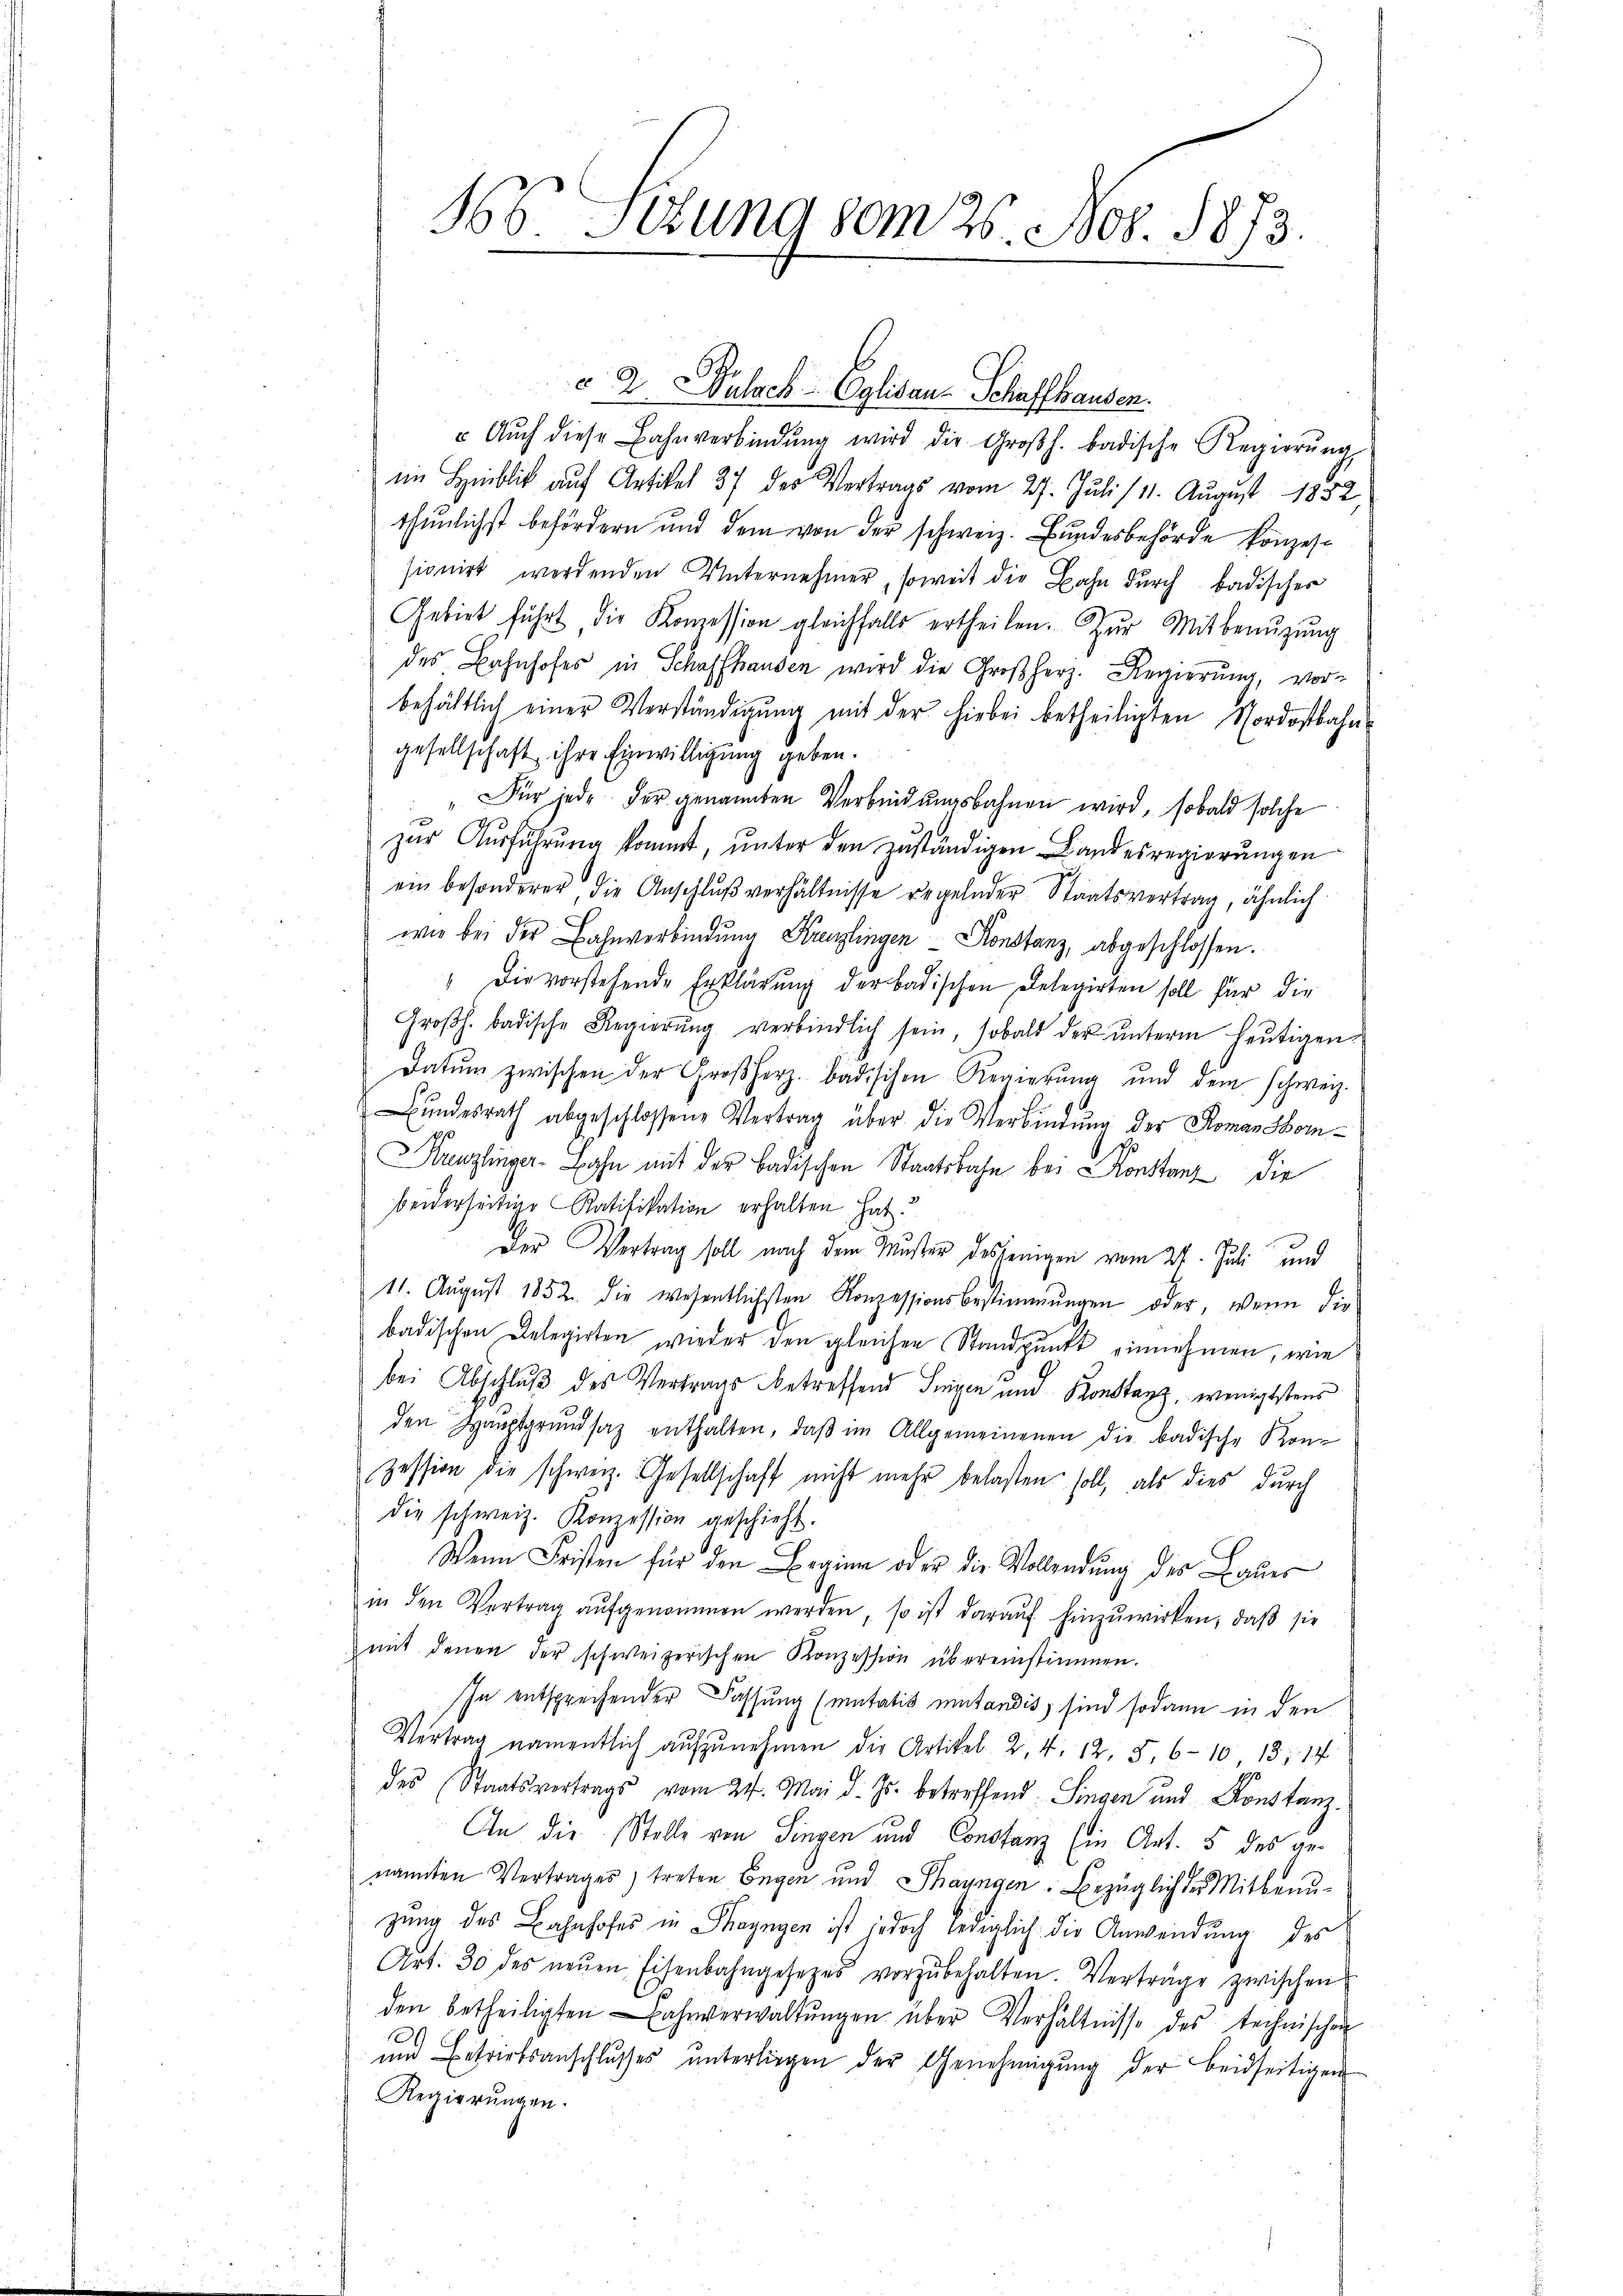
56 sezung vom 26. Nob. 1873.

v 2. Wulsch - Eglisau-Schaffhausen.
 Aŭch diese Bahnverbindŭng wird die Großh. badische Regierŭng
im Hinblick auf Artikel 37 des Vertrags vom 27. Juli 111. August 1832
thunlichst behördern und dem von der schweiz. Bundesbehörde konzessionirt werdenden Unternehmer, soweit die Bahn durch badischer
Gebiet führt die Konzession gleichfalls ertheilen. Zur Mitbenuzung
des Bahnhofes in Schaffhausen wird die Großherz. Regierŭng, vor-
behältlich einer Verständigung mit der hiebei betheiligten Nordostbahn-
gesellschaft ihre Einwilligung geben.
"Für jede der genannten Verbindungsbahnen wird, sobald solche
zŭr Aŭsführŭng kommt, ŭnter den zuständigen Landesregierŭngen
ein besonderer, die Anschlŭβ verhältnisse regelnder Staatsvertrag, ähnlich
wie bei der Bahnverbindung Kreuzlingen Konstanz, abgeschlossen.
" Die vorstehende Erklärung der badischen Delegirten soll für die
Groβh. badische Regierŭng verbindlich sein, sobald der unterm heutigen
Datum zwischen der Großherz. badischen Regierung und dem schweiz.
ŭndesrath abgeschlossene Vertrag über die Verbindung der Romanskom¬
Kanzlinger-Bahn mit der badischen Staatsbahn bei Konstanz die
beiderseitige Ratifikation erhalten hat?
Der Vertrag soll nach dem Muster desjenigen vom 27. Juli und
11. Aŭgŭst 1852. die wesentlichsten Konzessionsbestimmungen oder, wenn die
badischen Delegirten wieder den gleichen Standpunkt einnehmen, wie
bei Abschluß des Vertrags betreffend Ingen und Konstanz, wenigstens
den Hauptgrundsaz enthalten, daβ im Allgemeinenen die badische Kon-
zession die schweiz. Gesellschaft nicht mehr belasten soll, als dies durch
die schweiz. Koṁission geschieht.
Wenn Fristen für den Beginn oder die Vollendung des Baues
in den Vertrag aŭfgenommen werden, so ist darauf hinzuwirken, daß sie
mit denen der schweizerischen Konzession übereinstimmen.
In entsprechender Fassung (mutatis mutandis, sind sodann in den
Vertrag namentlich aŭfzŭnehmen die Artikel 2. 4. 12. 5. 610, 13, 14
des Staatsvertrags vom 24. Mai d. Js. betreffend Singen und Konstanz¬
An die Stelle von Singen und Constanz Ein Art. 5 des genannten Vertrages, treten Engen und Thaungen. Bezüglich des Mitbenŭ-
zung des Bahnhofes in Thayngen ist jedoch lediglich die Anwendung des
Art. 30 des neŭen Eisenbahngesezes vorzŭbehalten. Verträge zwischen
den betheiligten Bahnverwaltŭngen über Verhältnisse des technischen
20
um Betriebsanschlŭsses ŭnterliegen der Genehmigŭng der beidseitigen
Regierungen.